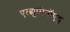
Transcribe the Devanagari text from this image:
एल्ब्यूमिनॉएड्स